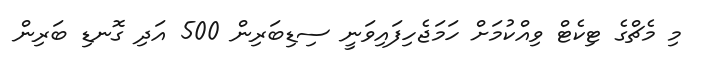
މި މެޗްގެ ޓިކެޓް ވިއްކުމަށް ހަމަޖެހިފައިވަނީ ސިޑިބަރިން 500 އަދި ގޮނޑި ބަރިން